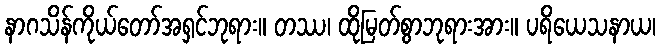
နာဂသိန်ကိုယ်တော်အရှင်ဘုရား။ တဿ၊ ထိုမြတ်စွာဘုရားအား။ ပရိယေသနာယ၊